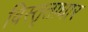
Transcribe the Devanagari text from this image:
विस्तृताधार